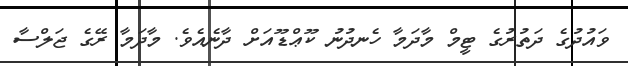
ވައުދުގެ ދަތުރުގެ ޓީމް މާދަމާ ހެނދުނު ކޫޢްޑޫއަށް ދާނެއެވެ. މާދަމާ ރޭގެ ޖަލްސާ